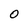
Character: 0